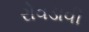
રોવડાવી